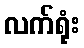
လက်ရုံး